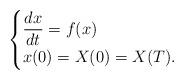
LaTeX: \begin{align*}\begin{cases} \dfrac{dx}{dt}=f(x)\\ x(0)=X(0)=X(T).\end{cases}\end{align*}